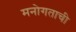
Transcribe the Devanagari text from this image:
मनोगताची